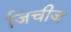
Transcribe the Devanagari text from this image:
जिचीज